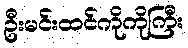
ဦးမင်းထင်ကိုကိုကြီး